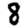
Digit: 8